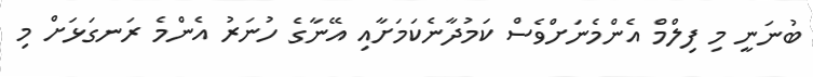
ބުނަނީ މި ފިލްމް އެންމެނަށްވެސް ކަމުދާނެކަމަށާއި އޭނާގެ ހުނަރު އެންމެ ރަނގަޅަށް މި